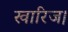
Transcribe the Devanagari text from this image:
खारिज।